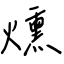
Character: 燻